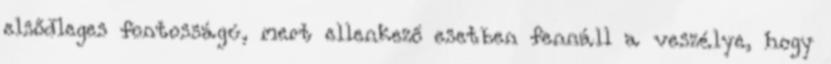
elsődleges fontosságú, mert ellenkező esetben fennáll a veszélye, hogy